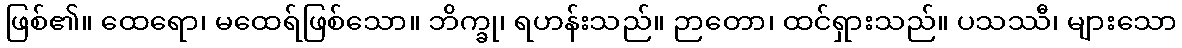
ဖြစ်၏။ ထေရော၊ မထေရ်ဖြစ်သော။ ဘိက္ခု၊ ရဟန်းသည်။ ဉာတော၊ ထင်ရှားသည်။ ပသဿီ၊ များသော